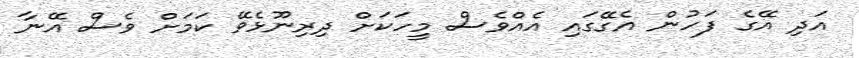
އަދި އޭގެ ފަހުން އެގޭގައި އެއްވެސް މީހަކަށް ދިރިނޫޅެވޭ ކަމަށް ވެސް އޭނާ